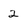
Character: 2